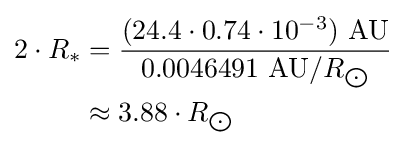
{\begin{aligned}2\cdot R_{*}&={\frac {(24.4\cdot 0.74\cdot 10^{-3})\ {\text{AU}}}{0.0046491\ {\text{AU}}/R_{\bigodot }}}\\&\approx 3.88\cdot R_{\bigodot }\end{aligned}}